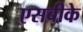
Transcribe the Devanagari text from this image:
एसबीके